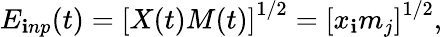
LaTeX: E_{\mathbf{i}np}(t)=\left[X(t)M(t)\right]^{1/2}=\left[x_{\mathbf{i}}m_{j}\right]^{1/2},